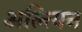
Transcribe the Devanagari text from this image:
अल्त्यिन